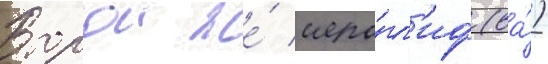
Второи же́ иеро́гл'иф (ва́)